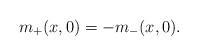
LaTeX: \begin{align*}m_+(x,0) = -m_-(x,0). \end{align*}